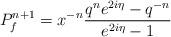
LaTeX: \begin{align*}P^{n+1}_f=x^{-n}\frac{q^{n}e^{2i\eta}-q^{-n}}{e^{2i\eta}-1}\end{align*}